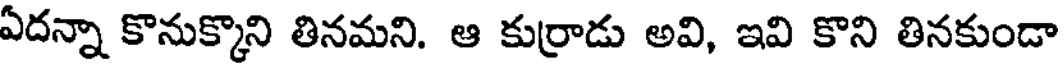
ఏదన్నా కొనుక్కొని తినమని. ఆ కుర్రాడు అవి, ఇవి కొని తినకుండా